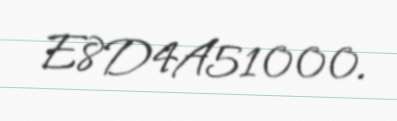
E8D4A51000.